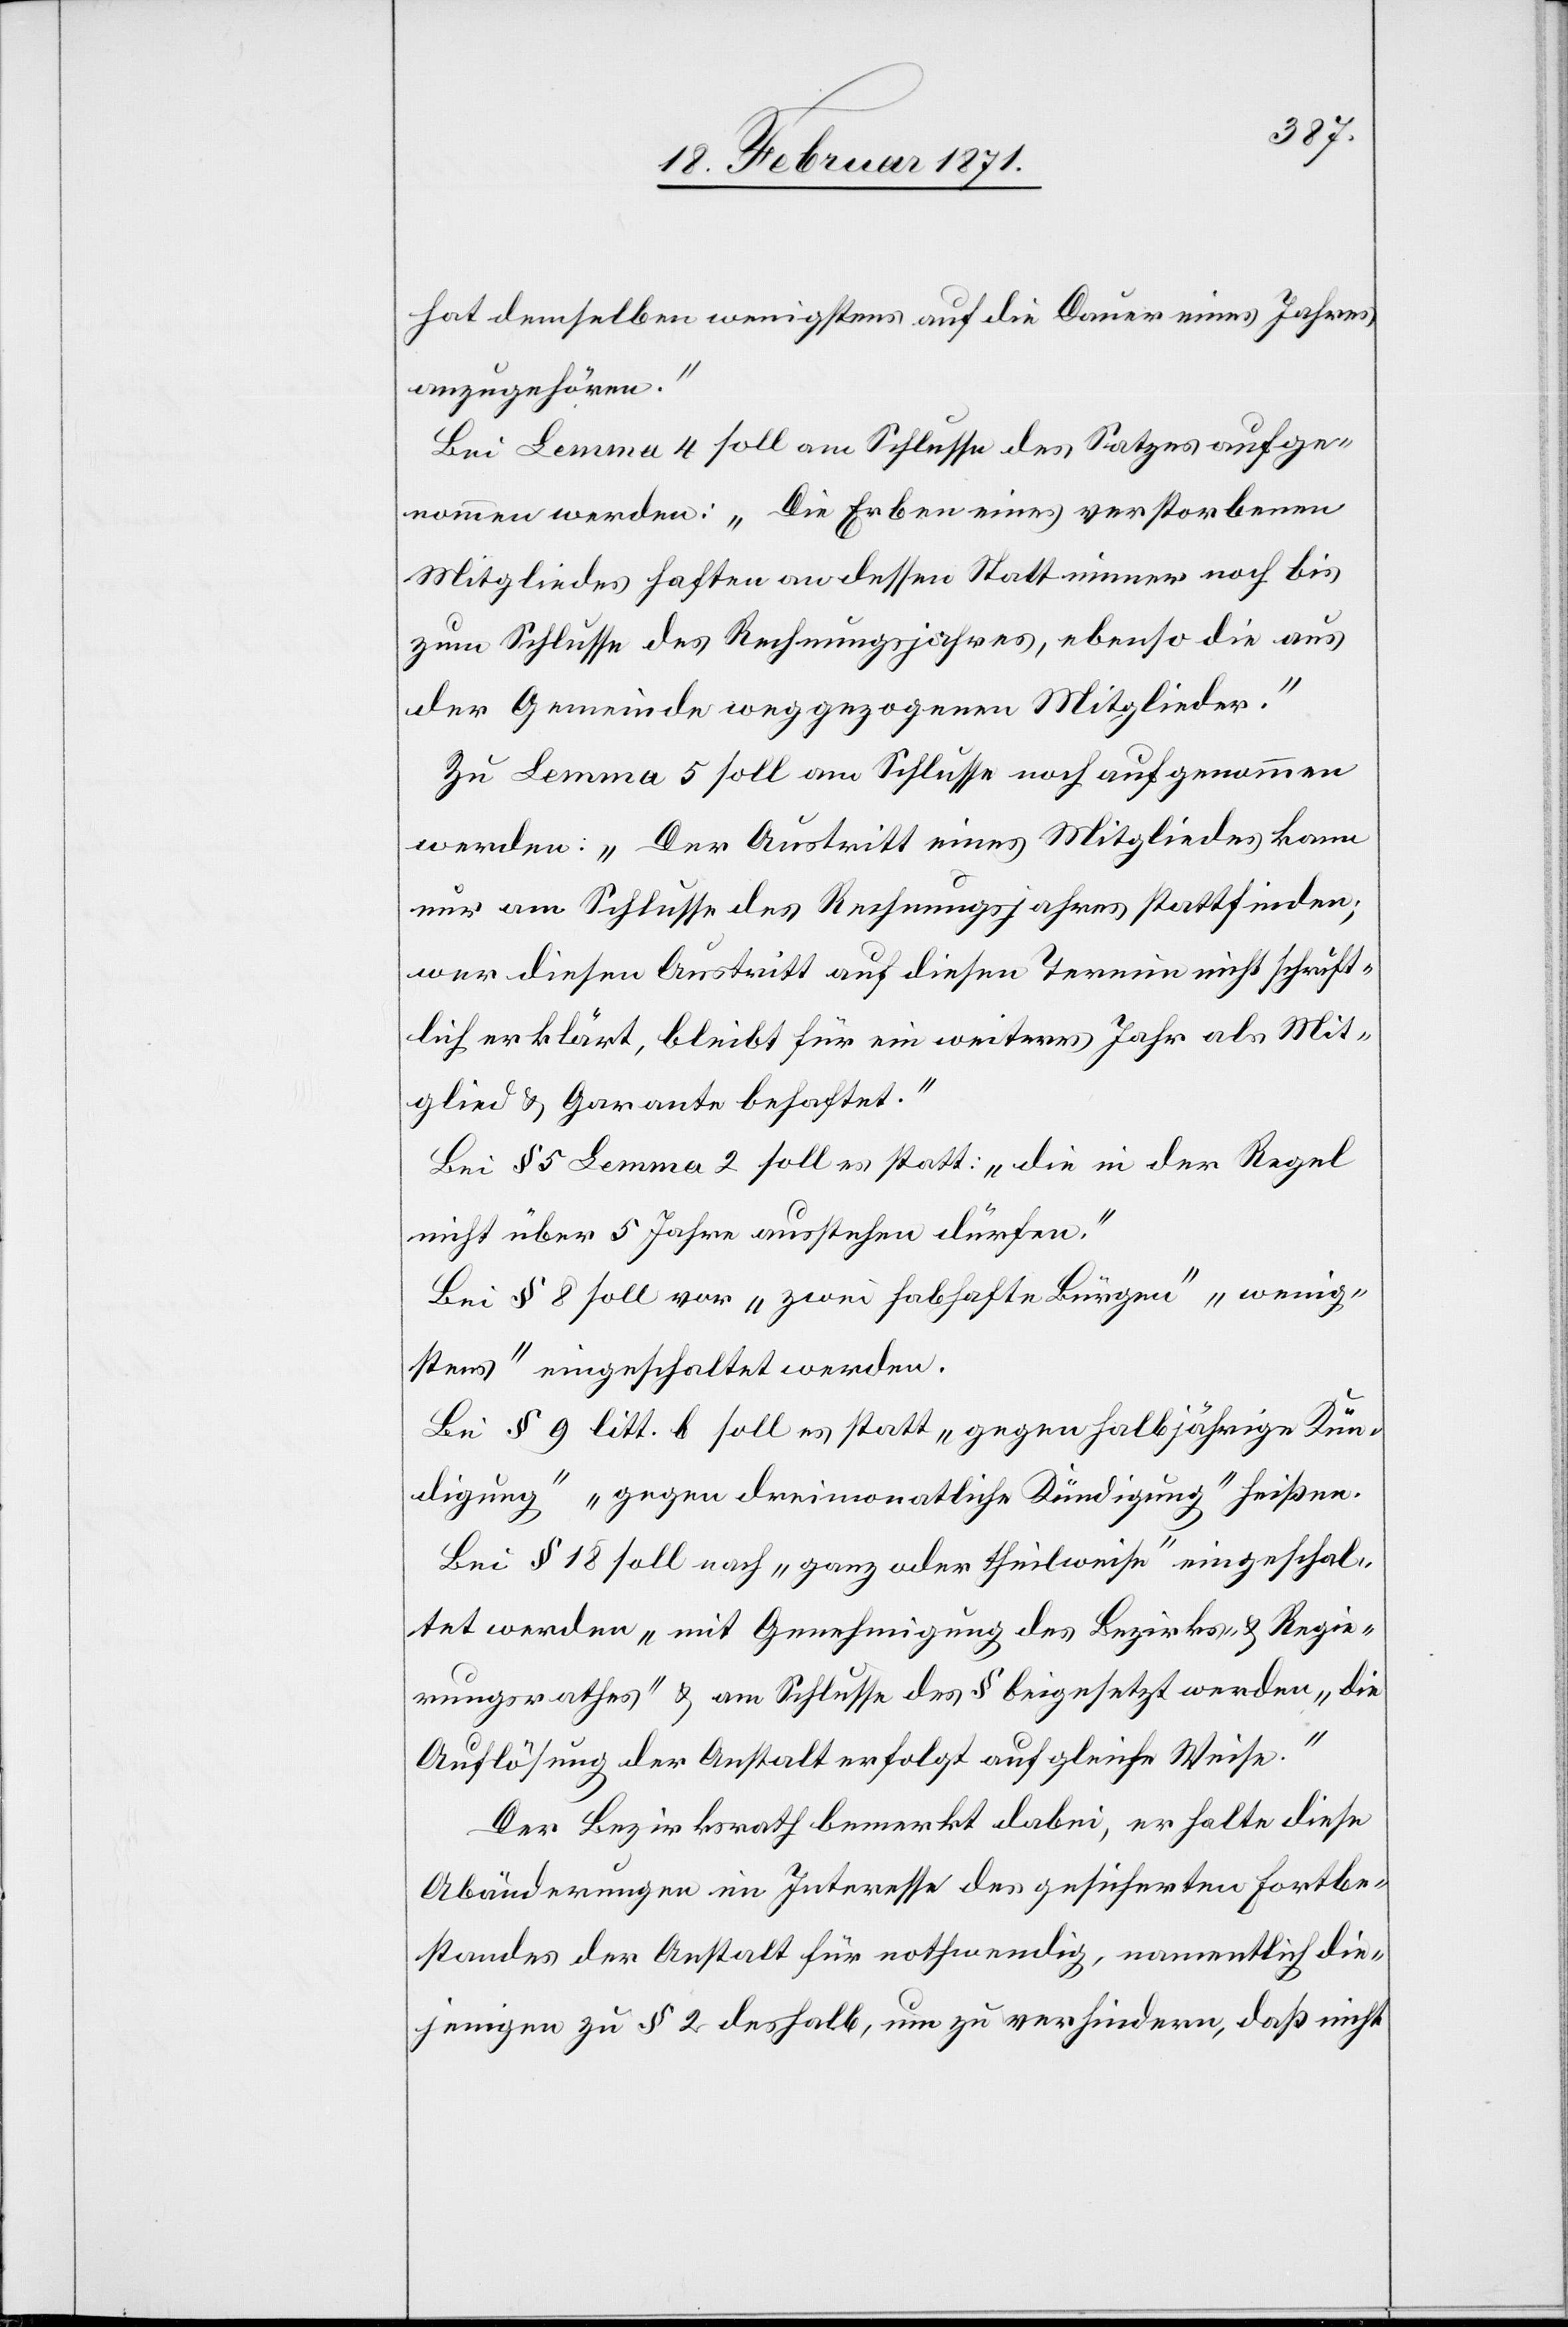
hat demselben wenigstens auf die Dauer eines Jahres
anzugehören.“
Bei Lemma 4 soll am Schlusse des Satzes aufge¬
nommen werden: „Die Erben eines verstorbenen
Mitgliedes haften an dessen Statt immer noch bis
zum Schlusse des Rechnungsjahres, ebenso die aus
der Gemeinde weggezogenen Mitglieder.“
Zu Lemma 5 soll am Schlusse noch aufgenommen
werden: „Der Austritt eines Mitgliedes kann
nur am Schlusse des Rechnungsjahres stattfinden;
wer diesen Austritt auf diesen Termin nicht schrift¬
lich erklärt, bleibt für ein weiteres Jahr als Mit¬
glied u. Garantie behaftet.“
Bei § 5 Lemma 2 soll es statt: „die in der Regel
nicht über 5 Jahre ausstehen dürfen.“
Bei § 8 soll vor „zwei habhafte Bürger“ „wenig¬
stens“ eingeschaltet werden.
Bei § 9 litt. b soll es statt „gegen halbjährige Kün¬
digung“ „gegen dreimonatliche Kündigung“ heißen.
Bei § 18 soll nach „ganz oder theilweise“ eingeschal¬
tet werden „mit Genehmigung des Bezirks- u. Regie¬
rungsrathes“ u. am Schlusse des § beigesetzt werden „die
Auflösung der Anstalt erfolgt auf gleiche Weise.“
Der Bezirksrath bemerkt dabei, er halte diese
Abänderungen im Interesse des gesicherten Fortbe¬
standes der Anstalt für nothwendig, namentlich die¬
jenigen zu § 2 deshalb, um zu verhindern, daß nicht